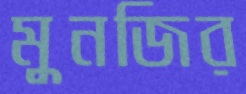
মুনজির